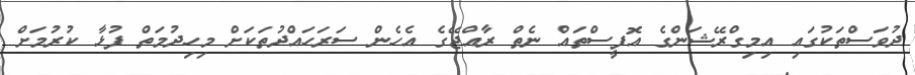
ދުވަސްތަކުގައި އިމިގްރޭޝަންގެ އޮފީސްތައް ނެތް ރާއްޖޭގެ އެހެން ސަރަހައްދުތަކަށް މިހިދުމަތް ފުޅާ ކުރުމަށް